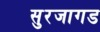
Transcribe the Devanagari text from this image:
सुरजागड